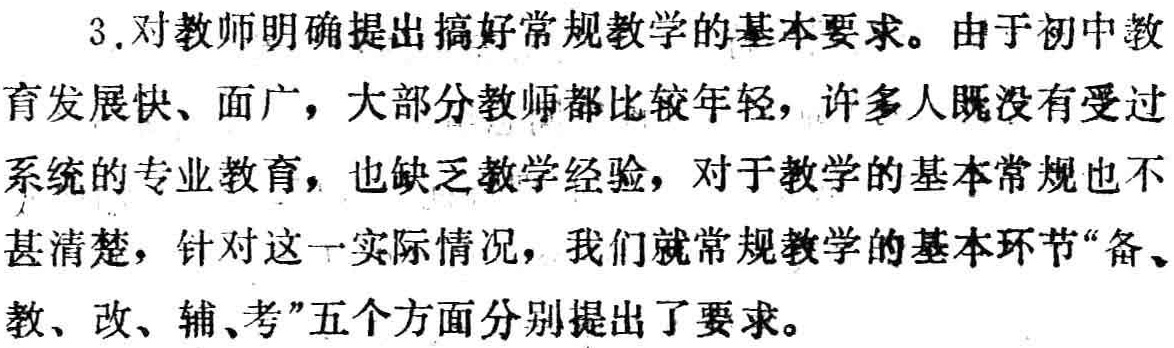
3.对教师明确提出搞好常规教学的基本要求。由于初中教育发展快、面广，大部分教师都比较年轻，许多人既没有受过系统的专业教育，也缺乏教学经验，对于教学的基本常规也不甚清楚，针对这一实际情况，我们就常规教学的基本环节“备、教、改、辅、考”五个方面分别提出了要求。